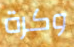
وكرة